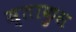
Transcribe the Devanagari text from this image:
स्ताकुस